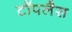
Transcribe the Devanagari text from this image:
टॉपलैस